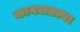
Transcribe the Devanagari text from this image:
कायद्यातल्या